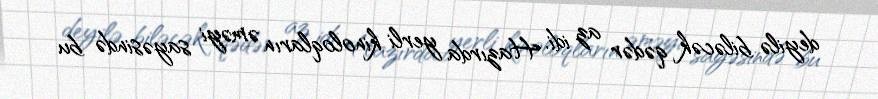
deyilə biləcək qədər az idi. Hazırda yerli kinoloqların əməyi sayəsində bu